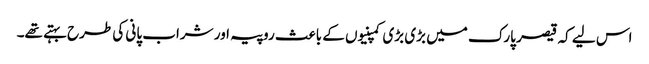
اس لیے کہ قیصر پارک میں بڑی بڑی کمپنیوں کے باعث روپیہ اور شراب پانی کی طرح بہتے تھے۔